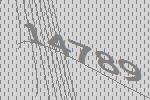
14789